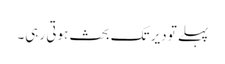
پہلے تو دیر تک بحث ہوتی رہی۔